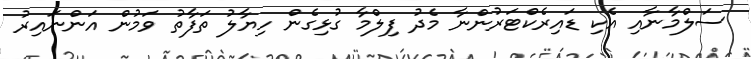
ސަލްމާނާއި އެކި ޑައިރެކްޓަރުންނާ މެދު ފިލްމާ ގުޅިގެން ހިޔާލު ތަފާތު ވަމުން އަންނައިރު